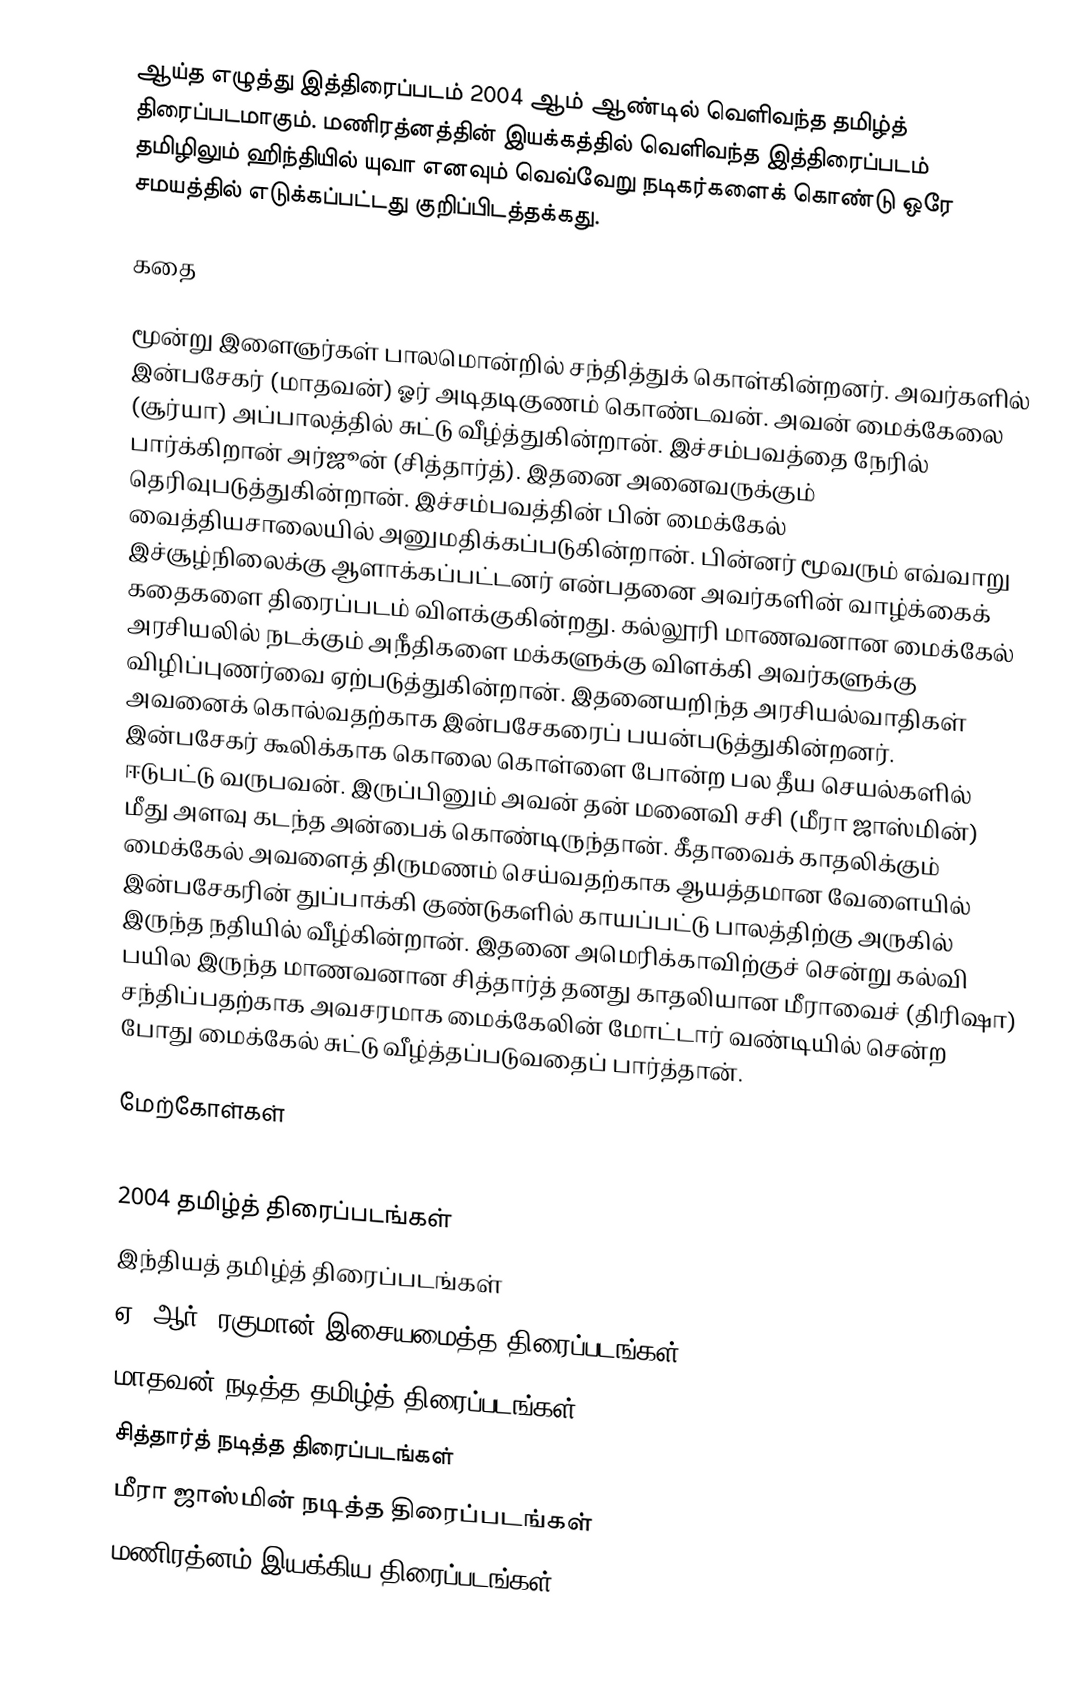
ஆய்த எழுத்து இத்திரைப்படம் 2004 ஆம் ஆண்டில் வெளிவந்த தமிழ்த் திரைப்படமாகும். மணிரத்னத்தின் இயக்கத்தில் வெளிவந்த இத்திரைப்படம் தமிழிலும் ஹிந்தியில் யுவா எனவும் வெவ்வேறு நடிகர்களைக் கொண்டு ஒரே சமயத்தில் எடுக்கப்பட்டது குறிப்பிடத்தக்கது.

கதை

மூன்று இளைஞர்கள் பாலமொன்றில் சந்தித்துக் கொள்கின்றனர். அவர்களில் இன்பசேகர் (மாதவன்) ஓர் அடிதடிகுணம் கொண்டவன். அவன் மைக்கேலை (சூர்யா) அப்பாலத்தில் சுட்டு வீழ்த்துகின்றான். இச்சம்பவத்தை நேரில் பார்க்கிறான் அர்ஜூன் (சித்தார்த்). இதனை அனைவருக்கும் தெரிவுபடுத்துகின்றான். இச்சம்பவத்தின் பின் மைக்கேல் வைத்தியசாலையில் அனுமதிக்கப்படுகின்றான். பின்னர் மூவரும் எவ்வாறு இச்சூழ்நிலைக்கு ஆளாக்கப்பட்டனர் என்பதனை அவர்களின் வாழ்க்கைக் கதைகளை திரைப்படம் விளக்குகின்றது. கல்லூரி மாணவனான மைக்கேல் அரசியலில் நடக்கும் அநீதிகளை மக்களுக்கு விளக்கி அவர்களுக்கு விழிப்புணர்வை ஏற்படுத்துகின்றான். இதனையறிந்த அரசியல்வாதிகள் அவனைக் கொல்வதற்காக இன்பசேகரைப் பயன்படுத்துகின்றனர். இன்பசேகர் கூலிக்காக கொலை கொள்ளை போன்ற பல தீய செயல்களில் ஈடுபட்டு வருபவன். இருப்பினும் அவன் தன் மனைவி சசி (மீரா ஜாஸ்மின்) மீது அளவு கடந்த அன்பைக் கொண்டிருந்தான். கீதாவைக் காதலிக்கும் மைக்கேல் அவளைத் திருமணம் செய்வதற்காக ஆயத்தமான வேளையில் இன்பசேகரின் துப்பாக்கி குண்டுகளில் காயப்பட்டு பாலத்திற்கு அருகில் இருந்த நதியில் வீழ்கின்றான். இதனை அமெரிக்காவிற்குச் சென்று கல்வி பயில இருந்த மாணவனான சித்தார்த் தனது காதலியான மீராவைச் (திரிஷா) சந்திப்பதற்காக அவசரமாக மைக்கேலின் மோட்டார் வண்டியில் சென்ற போது மைக்கேல் சுட்டு வீழ்த்தப்படுவதைப் பார்த்தான்.

மேற்கோள்கள்

2004 தமிழ்த் திரைப்படங்கள்
இந்தியத் தமிழ்த் திரைப்படங்கள்
ஏ. ஆர். ரகுமான் இசையமைத்த திரைப்படங்கள்
மாதவன் நடித்த தமிழ்த் திரைப்படங்கள்
சித்தார்த் நடித்த திரைப்படங்கள்
மீரா ஜாஸ்மின் நடித்த திரைப்படங்கள்
மணிரத்னம் இயக்கிய திரைப்படங்கள்